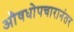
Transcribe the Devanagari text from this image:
औषधोपचारानंतर